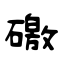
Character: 礉